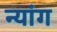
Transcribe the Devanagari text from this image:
न्यांग